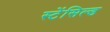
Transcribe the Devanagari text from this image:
स्टेंसिल्ड